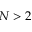
N > 2